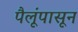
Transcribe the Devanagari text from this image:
पैलूंपासून